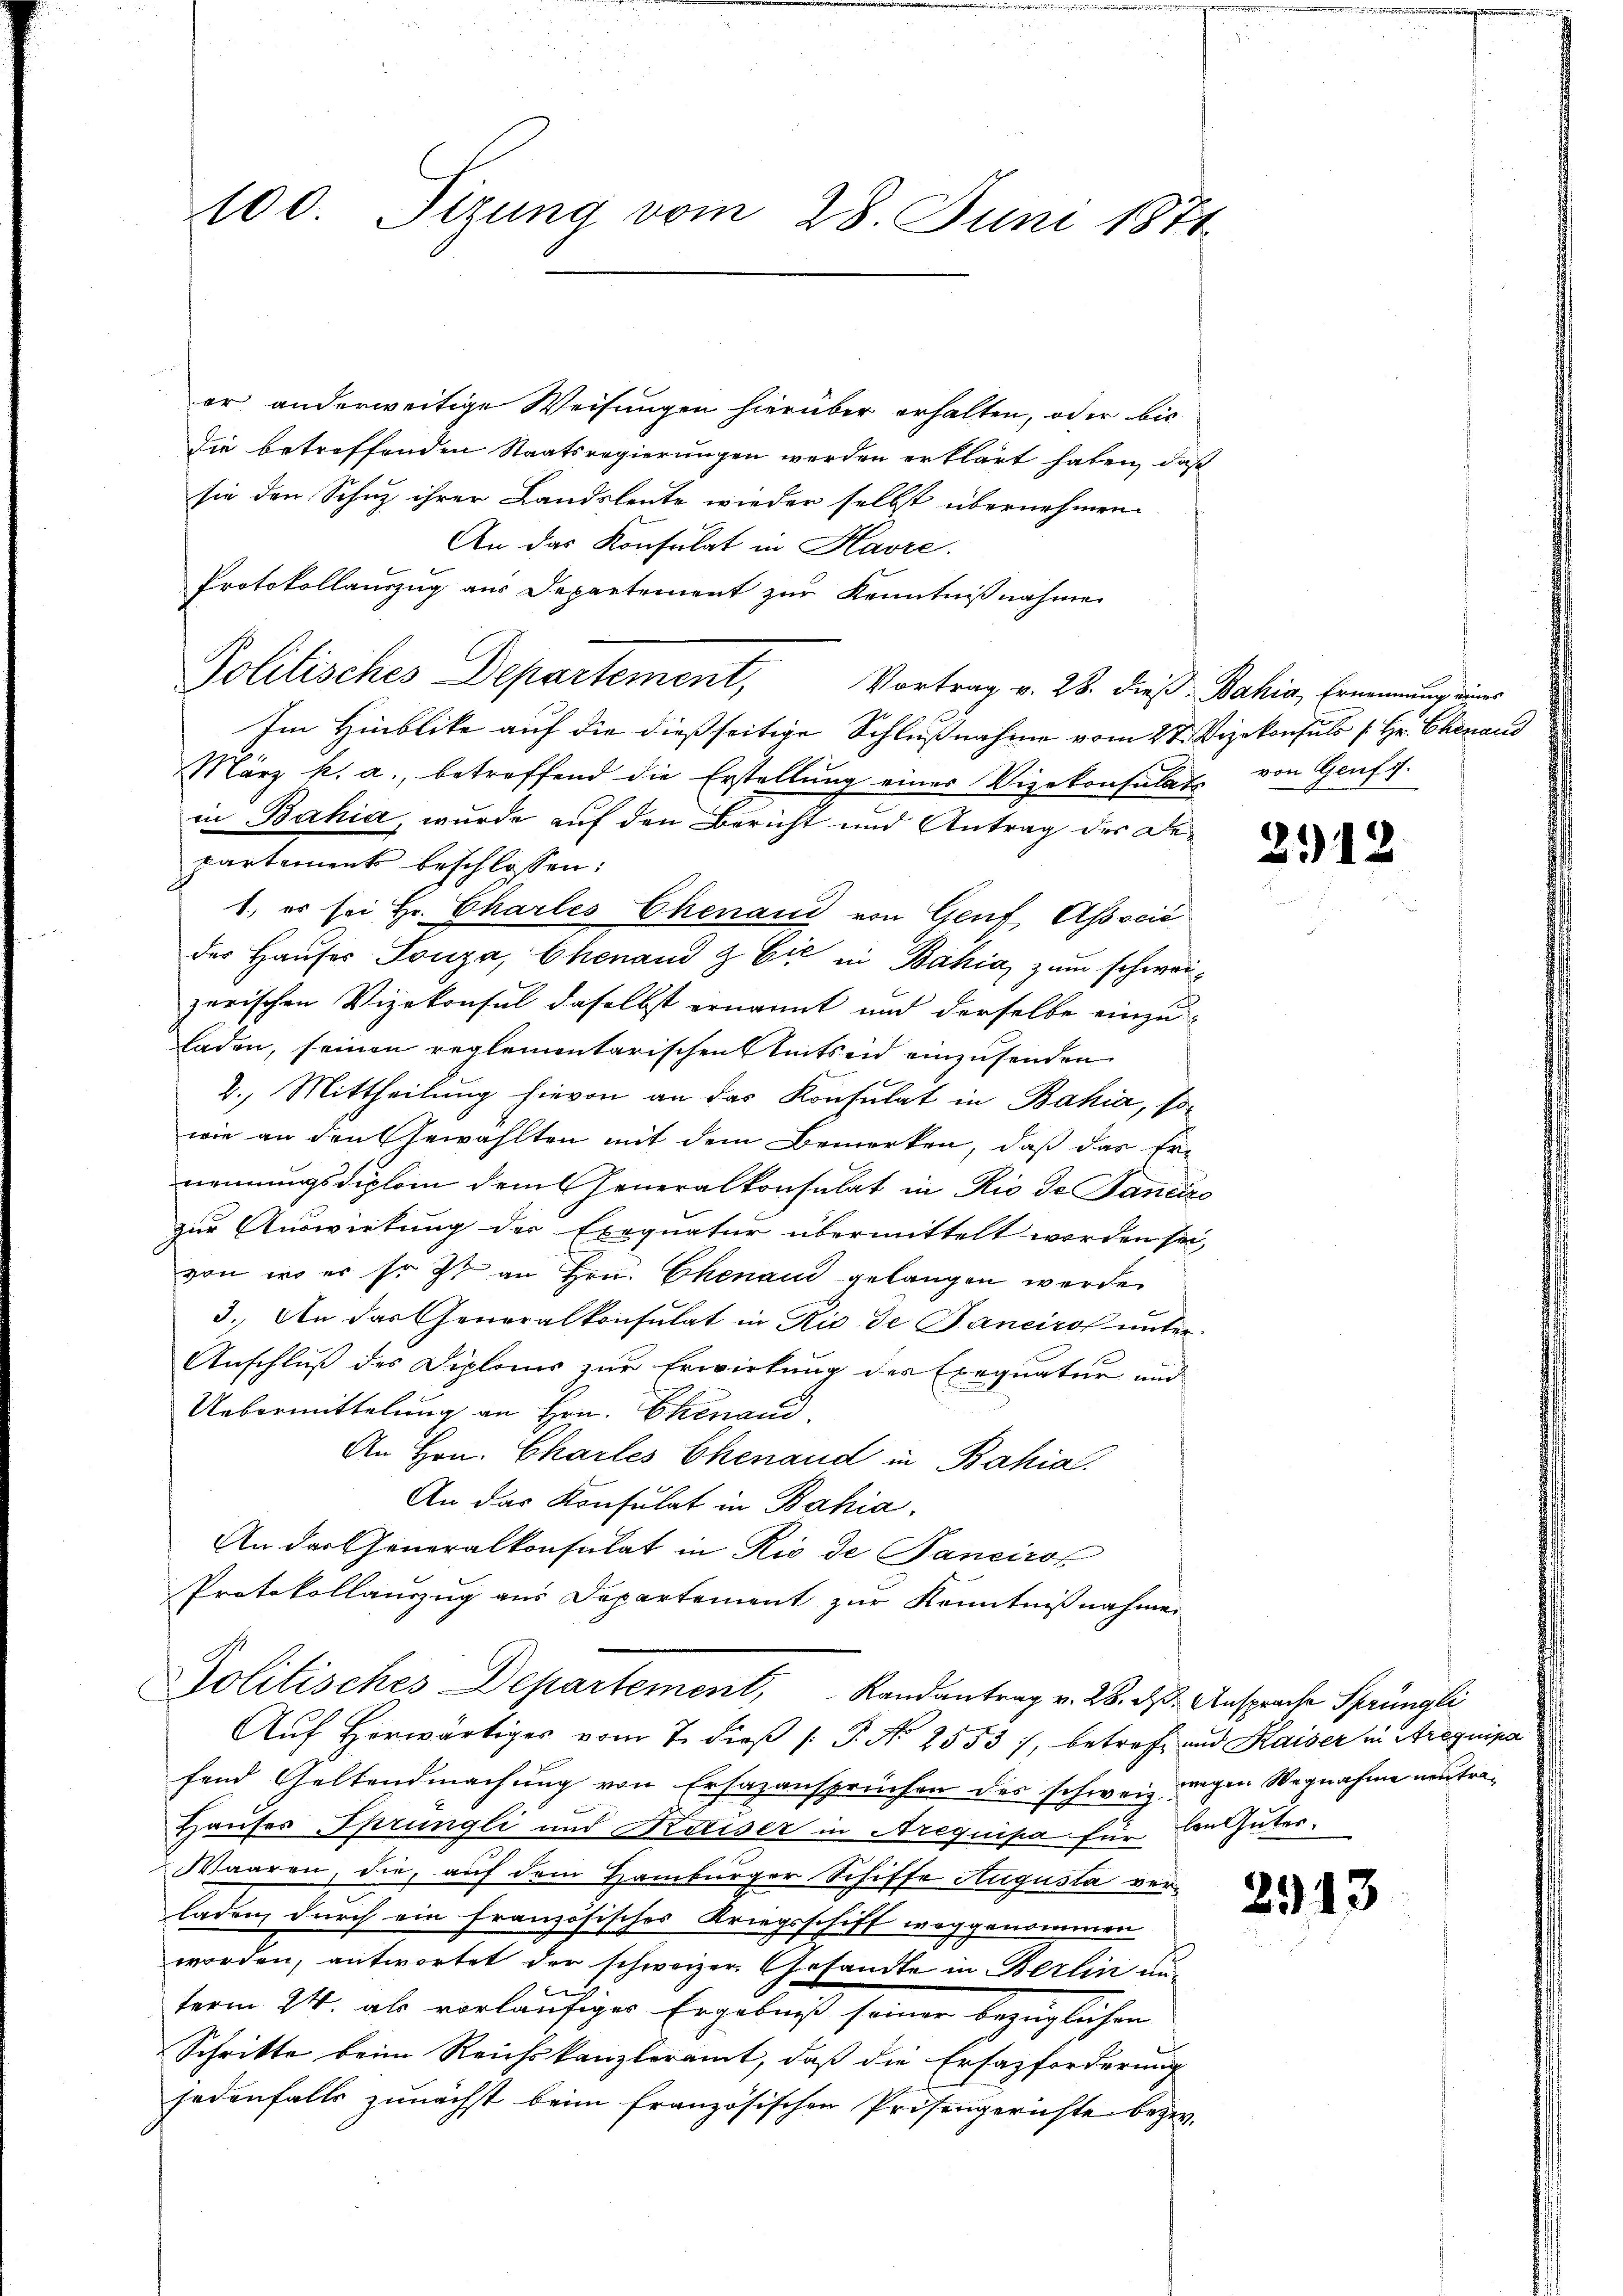
er anderweitige Weisungen hierüber erhalten, oder bis
die betreffenden Staatsregierungen werden erklärt haben, daß
sie den Schuz ihrer Landsleute wieder selbst übernehmen
An das Konsulat in Havre.
Protokollauszug aus Departement zur Kenntnißnahme
Politisches Departement, Vortrag v. 28. dieß Bahia, Ernennung eines
Im Hinblike auf die dießseitige Schlußnahme vom 27. Vizekonsuls s. Hr. Chenaus
März h. a., betreffend die Erstellung einer Vizekonsulate von Genf 7.
in Bahia, wurde auf den Bericht und Antrag des Departement beschlossen:
1., er sei Hr. Charles Chenaud von Genf, Associć
der Hauses Tomza, Chenand & Cie in Bahia zum schweizerischen Vizekonsul daselbst ernannt und derselbe einzuladen, seinen reglementarischen Amtseid einzusenden
4. Mittheilung hievon an das Konsulat in Bahia, sowie an den Gewählten mit dem Bemerken, daß das Er
nennungsdiplom dem Generalkonsulat in Rio de Janeiro
zur Auswirkung der Exequatur übermittelt worden sei,
von wo er so ist an Hrn. Ehenau gelangen werde.
3. An das Generalkonsulat in Rio de Pancirol unter
Anschluß des Diploms zur Erwirkung des Exequatur und
Uebermittelung an Hrn. Ehenaud
An Hrn. Charles Ehenaud in Bahia.
An das Konsulat in Bahia
An der Generalkonsulat in Rio de Panciros
Protokollauszug aus Departement zur Kenntnißnahmen
Politisches Departement, Randantrag v. 28. ds. Ansprache Sprüngli
Aŭf Horwärtiges vom 7. dieβ (: P. Nr. 2553, betreff und Kaiser in Arequipa
fend Geltendmachung von Ersazansprüchen des schweiz. wegen Wegnahme neutra¬
Hauses Sprüngli und Kaiser in Arequipa für den Güter¬
Waaren, die, auf dem Hamburger Schiffe Augusta verladen, durch ein Französisches Kriegsschiff weggenommen
worden, antwortet der schweizer Gesandte in Berlin anterm 24. als vorläufiger Ergebniß seiner bezüglichen
Schritte beim Reichskanzleramt, daß die Ersazforderung
jedenfalls zunächst beim französischen Prisengerichte bezw.

100. Sizung vom 28. Juni 1871

25)

2943